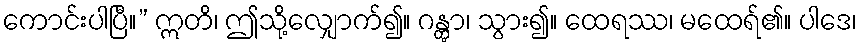
ကောင်းပါပြီ။” ဣတိ၊ ဤသို့လျှောက်၍။ ဂန္တွာ၊ သွား၍။ ထေရဿ၊ မထေရ်၏။ ပါဒေ၊